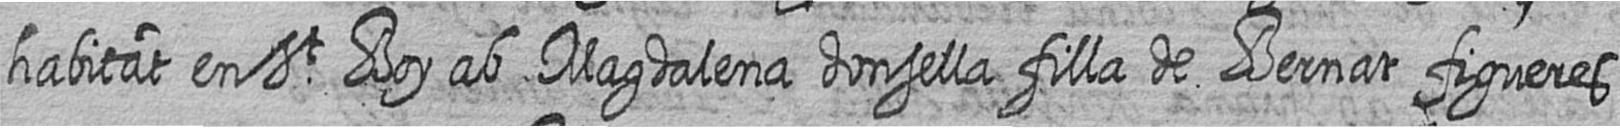
habitat en St Boy ab Magdalena donsella filla de Bernat figueres